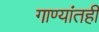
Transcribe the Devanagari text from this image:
गाण्यांतही